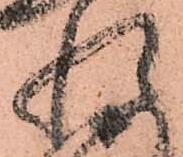
惶